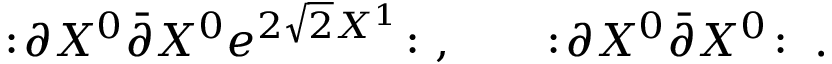
: \! \partial X ^ { 0 } \bar { \partial } X ^ { 0 } e ^ { 2 \sqrt 2 X ^ { 1 } } \! : \ , \qquad : \! \partial X ^ { 0 } \bar { \partial } X ^ { 0 } \! : \ .